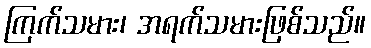
ကြက်သမား၊ အရက်သမားဖြစ်သည်။